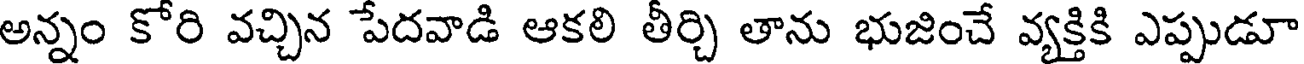
అన్నం కోరి వచ్చిన పేదవాడి ఆకలి తీర్చి తాను భుజించే వ్యక్తికి ఎప్పుడూ